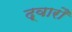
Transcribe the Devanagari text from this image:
द्वारौ